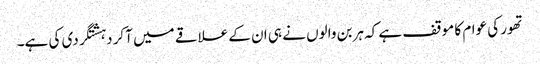
تھور کی عوام کا موقف ہے کہ ہربن والوں نے ہی ان کے علاقے میں آکر دہشتگردی کی ہے۔